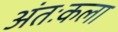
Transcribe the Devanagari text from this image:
अंतःकला